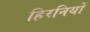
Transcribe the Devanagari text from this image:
हिरनियों